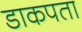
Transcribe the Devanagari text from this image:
डाकपता